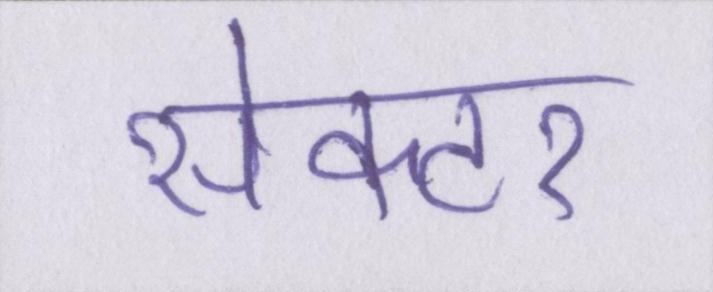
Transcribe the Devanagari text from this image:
सेक्टर